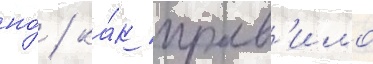
но́ / ка́к прав'ило